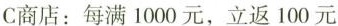
C商店：每满1000元，立返100元